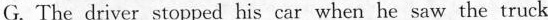
G. The driver stopped his car when he saw the truck